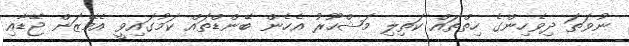
ނުވަތަ ދިވެހިންގެ ހިތްތައް ކަތިލި މަޝްހޫރު އެހެން ބޭންޑްތައް ކަމުގައިވީ އެމޭޒަން ޖޭޑާއި